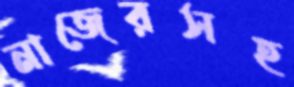
নাজেরসহ